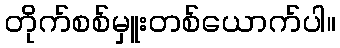
တိုက်စစ်မှူးတစ်ယောက်ပါ။